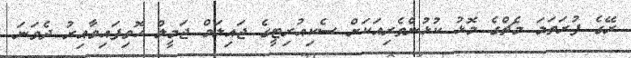
ރޭގެ ފުރަތަމަ މެޗްގެ މޮޅު ކުޅުންތެރިއަކަށް ސެކިއުރިޓީގެ ޖައިލަމް ޖަމީލް ހޮވިފައިވާއިރު ދެވަނަ